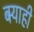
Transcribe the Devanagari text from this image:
बर्‍याही